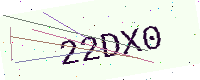
Text: 22DX0